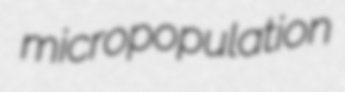
micropopulation